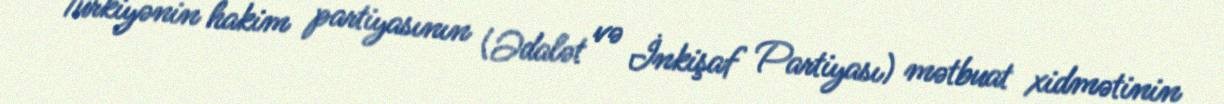
Türkiyənin hakim partiyasının (Ədalət və İnkişaf Partiyası) mətbuat xidmətinin